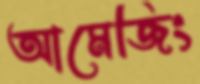
আমেজিং